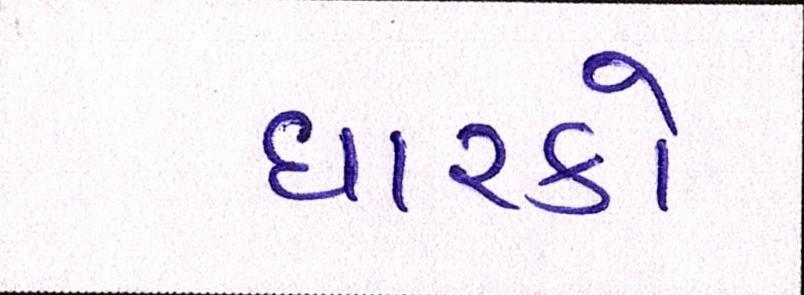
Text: ધારકો